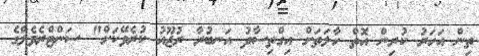
ތިން އަހަރު ކުރިން އޮތް ހާލަތަށް އިގްތިސާދު އަނބުރާ ރުޖޫއު ކުރެވޭކަށް" ސަންޓްރެވެލްގެ